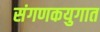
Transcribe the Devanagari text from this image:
संगणकयुगात